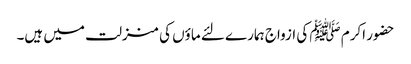
حضور اکرم ﷺ کی ازواج ہمارے لئے ماؤں کی منزلت میں ہیں۔